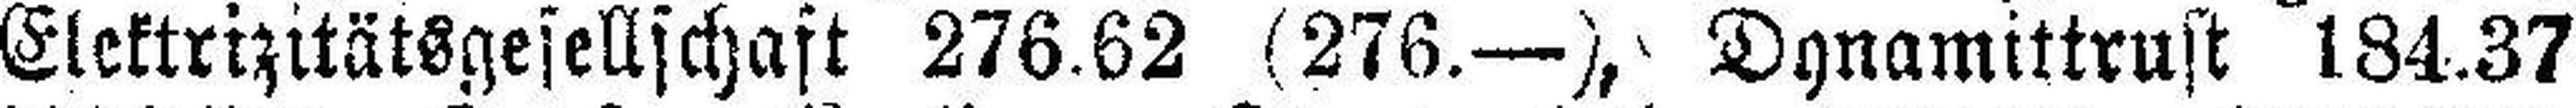
Elektrizitätsgesellschaft 276.62 (276.—), Dynamittrust 184.37